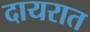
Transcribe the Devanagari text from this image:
दायरात